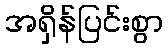
အရှိန်ပြင်းစွာ